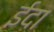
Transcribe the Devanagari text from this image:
ईदा